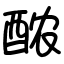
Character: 𬪩